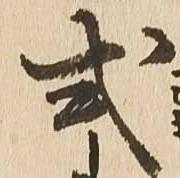
式